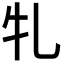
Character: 𭷓